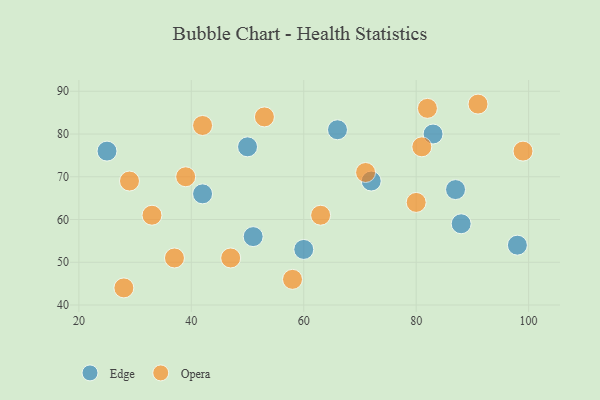
{"axis": {"x": "GDP", "y": "Life Expectancy"}, "legend": ["Edge", "Opera"], "data": [{"x": "87", "y": 67, "type": "Edge"}, {"x": "50", "y": 77, "type": "Edge"}, {"x": "66", "y": 81, "type": "Edge"}, {"x": "25", "y": 76, "type": "Edge"}, {"x": "88", "y": 59, "type": "Edge"}, {"x": "83", "y": 80, "type": "Edge"}, {"x": "51", "y": 56, "type": "Edge"}, {"x": "72", "y": 69, "type": "Edge"}, {"x": "60", "y": 53, "type": "Edge"}, {"x": "42", "y": 66, "type": "Edge"}, {"x": "98", "y": 54, "type": "Edge"}, {"x": "80", "y": 64, "type": "Opera"}, {"x": "28", "y": 44, "type": "Opera"}, {"x": "53", "y": 84, "type": "Opera"}, {"x": "39", "y": 70, "type": "Opera"}, {"x": "82", "y": 86, "type": "Opera"}, {"x": "71", "y": 71, "type": "Opera"}, {"x": "63", "y": 61, "type": "Opera"}, {"x": "29", "y": 69, "type": "Opera"}, {"x": "37", "y": 51, "type": "Opera"}, {"x": "99", "y": 76, "type": "Opera"}, {"x": "81", "y": 77, "type": "Opera"}, {"x": "58", "y": 46, "type": "Opera"}, {"x": "91", "y": 87, "type": "Opera"}, {"x": "33", "y": 61, "type": "Opera"}, {"x": "42", "y": 82, "type": "Opera"}, {"x": "47", "y": 51, "type": "Opera"}]}